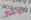
الوفير